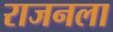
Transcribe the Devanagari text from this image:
राजनला